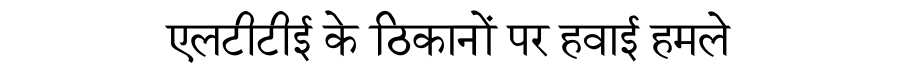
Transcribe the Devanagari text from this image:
एलटीटीई के ठिकानों पर हवाई हमले